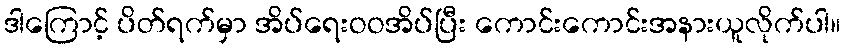
ဒါကြောင့် ပိတ်ရက်မှာ အိပ်ရေးဝဝအိပ်ပြီး ကောင်းကောင်းအနားယူလိုက်ပါ။